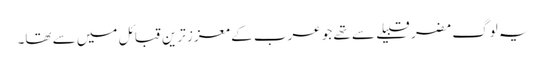
یہ لوگ مضر قبیلے سے تھے جو عرب کے معزز ترین قبائل میں سے تھا۔